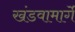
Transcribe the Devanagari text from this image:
खंडवामार्गे